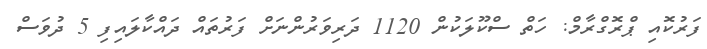
ފަރުކޮއި ޕްރޮގްރާމް: ހަތް ސްކޫލަކުން 1120 ދަރިވަރުންނަށް ފަރުތައް ދައްކާލައިފި 5 ދުވަސް